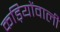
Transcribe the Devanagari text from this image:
कड़ियोंवाली